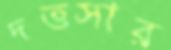
দত্তসার